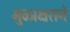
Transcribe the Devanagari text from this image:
मुळाक्षराने